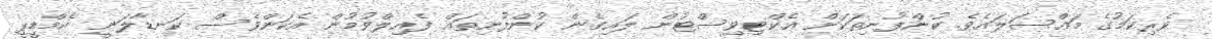
ވެރިކަމުގެ މައްސަލައެވެ. ކުންފުނިތަކަށް އެކްޓިވިސްޓުން ލައިގެން ކުންފުނިތައް ފެއިލްވުމުން އެކަންވެސް ކަނޑާލަނީ އެމްޑީޕީ